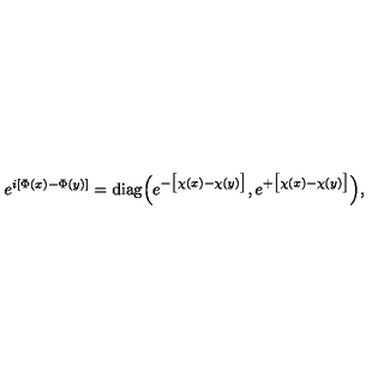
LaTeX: e ^ { i [ \Phi ( x ) - \Phi ( y ) ] } = \mathrm { d i a g } \Big ( e ^ { - \big [ \chi ( x ) - \chi ( y ) \big ] } , e ^ { + \big [ \chi ( x ) - \chi ( y ) \big ] } \Big ) ,